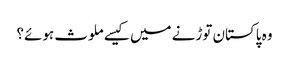
وہ پاکستان توڑنے میں کیسے ملوث ہوئے؟